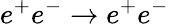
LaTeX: e^{+}e^{-}\to e^{+}e^{-}